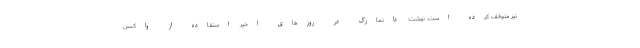
نیز متوقف کرده است. نوشت: دانمارک در روزهای اخیر استفاده از واکسن